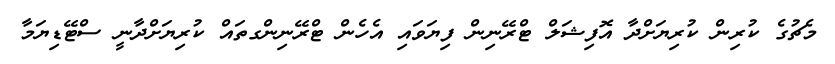
މެޗުގެ ކުރިން ކުރިޔަށްދާ އޮފިޝަލް ޓްރޭނިން ފިޔަވައި އެހެން ޓްރޭނިންގތައް ކުރިޔަށްދާނީ ސްޓޭޑިޔަމާ